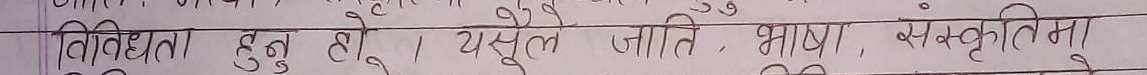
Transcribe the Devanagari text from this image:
विविधता हुनु हो । यसमुल जाति, भाषा, संस्कृतिमा